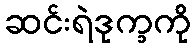
ဆင်းရဲဒုက္ခကို